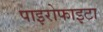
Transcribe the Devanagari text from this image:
पाइरोफाइटा